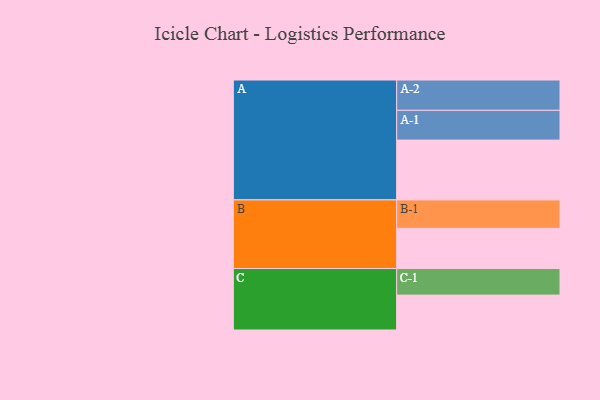
{"axis": {"x": "Segment", "y": "Value"}, "legend": ["", "A", "B", "C"], "data": [{"x": "A", "y": 574, "type": ""}, {"x": "B", "y": 386, "type": ""}, {"x": "C", "y": 335, "type": ""}, {"x": "A-1", "y": 286, "type": "A"}, {"x": "A-2", "y": 291, "type": "A"}, {"x": "B-1", "y": 273, "type": "B"}, {"x": "C-1", "y": 255, "type": "C"}]}